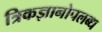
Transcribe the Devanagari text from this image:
त्रिकज्ञानोपलब्ध